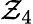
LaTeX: \mathcal{Z}_{4}